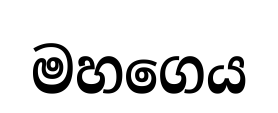
මහගෙය